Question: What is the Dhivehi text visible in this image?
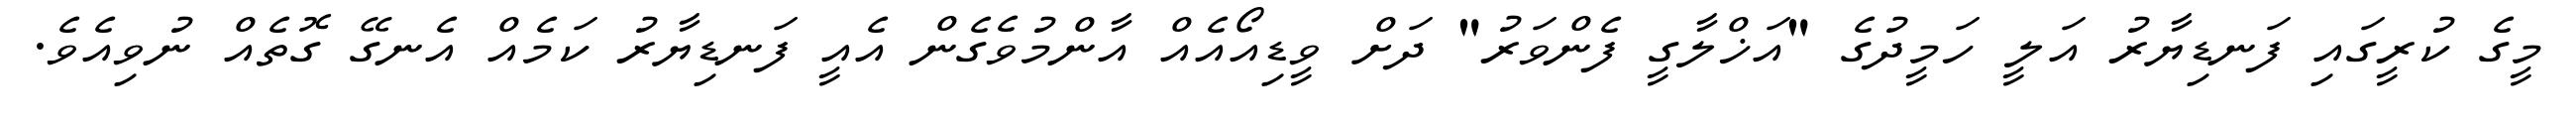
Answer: މީގެ ކުރީގައި ފަނޑިޔާރު އަލީ ހަމީދުގެ "އަޚްލާގީ ފެންވަރު" ދަށް ވީޑިއޯއެއް އާންމުވެގެން އެއީ ފަނޑިޔާރު ކަމެއް އެނގޭ ގޮތެއް ނުވިއެވެ.